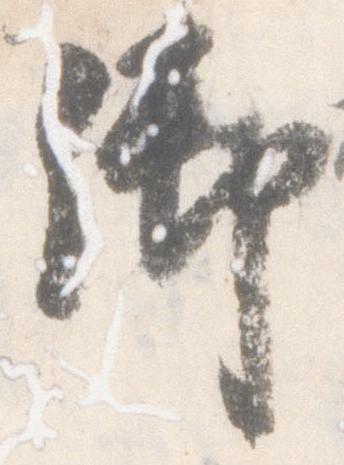
御